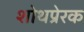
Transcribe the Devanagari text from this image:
शोथप्रेरक